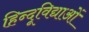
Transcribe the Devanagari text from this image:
हिन्दूविद्याओं